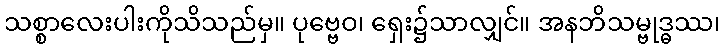
သစ္စာလေးပါးကိုသိသည်မှ။ ပုဗ္ဗေဝ၊ ရှေး၌သာလျှင်။ အနဘိသမ္ဗုဒ္ဓဿ၊